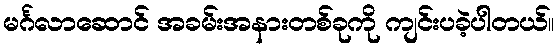
မင်္ဂလာဆောင် အခမ်းအနားတစ်ခုကို ကျင်းပခဲ့ပါတယ်။